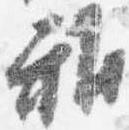
雅